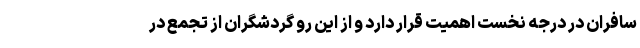
سافران در درجه نخست اهمیت قرار دارد و از این رو گردشگران از تجمع در